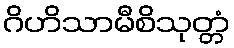
ဂိဟိသာမီစိသုတ္တံ